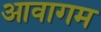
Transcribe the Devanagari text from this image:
आवागम